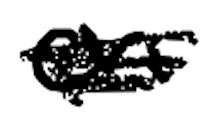
Text: on
Cross-out: scratch
Writing tool: digital_black